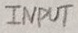
Text: INPUT